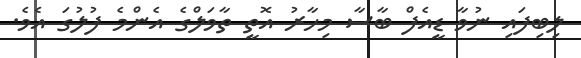
ލިބިފައި ނުވާ ޑީއެފް ބާސާ މިހާރު އޮތީ ތާވަލްގެ އެންމެ ފުލުގަ އެވެ.